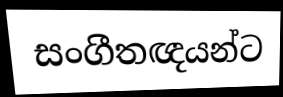
සංගීතඥයන්ට